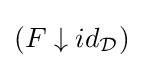
(F\downarrow id_{\mathcal {D}})